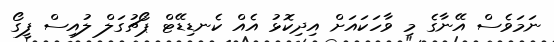
ނަމަވެސް އޭނާގެ މި ވާހަކައަށް އިދިކޮޅު އެއް ކެނޑިޑޭޓް ޕޯޗުގަލް ލުއިސް ފީގޯ